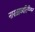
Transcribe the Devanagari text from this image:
नारळाव्यतिरिक्त